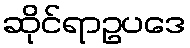
ဆိုင်ရာဥပဒေ